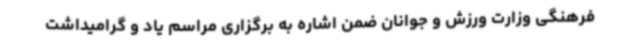
فرهنگی وزارت ورزش و جوانان ضمن اشاره به برگزاری مراسم یاد و گرامیداشت